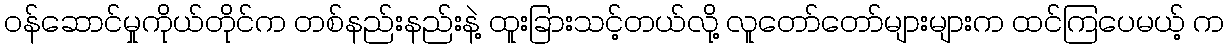
ဝန်ဆောင်မှုကိုယ်တိုင်က တစ်နည်းနည်းနဲ့ ထူးခြားသင့်တယ်လို့ လူတော်တော်များများက ထင်ကြပေမယ့် က